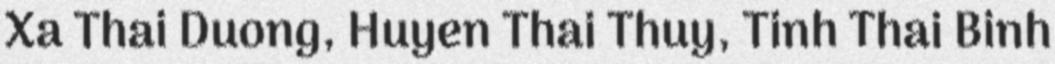
Xa Thai Duong, Huyen Thai Thuy, Tinh Thai Binh